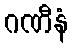
ဂဏီနံ